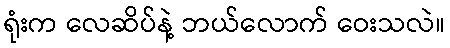
ရုံးက လေဆိပ်နဲ့ ဘယ်လောက် ဝေးသလဲ။